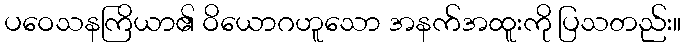
ပဝေသနကြိယာ၏ ဝိယောဂဟူသော အနက်အထူးကို ပြသတည်း။